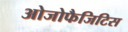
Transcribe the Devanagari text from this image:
ओजोफैजिटिस